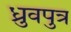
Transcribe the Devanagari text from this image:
ध्रुवपुत्र